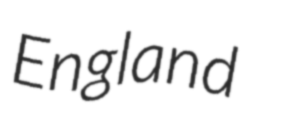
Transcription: England